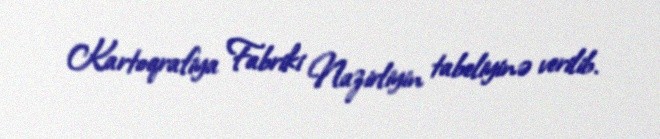
Kartoqrafiya Fabriki Nazirliyin tabeliyinə verilib.